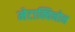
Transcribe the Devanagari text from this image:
मेटाक्विनोन